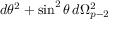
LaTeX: d \theta ^ { 2 } + \sin ^ { 2 } \theta \, d \Omega _ { p - 2 } ^ { 2 }